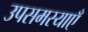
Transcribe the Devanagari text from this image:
उपसमस्याएँ